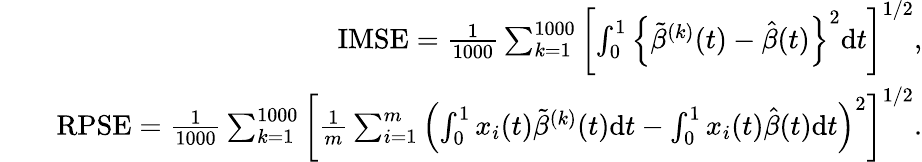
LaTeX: \begin{array}{rlr}&{}&{\mathrm{IMSE}=\frac{1}{1000}\sum_{k=1}^{1000}\left[\int_{0}^{1}\left\{ \tilde{\beta}^{(k)}(t)-\hat{\beta}(t)\right\} ^{2}\mathrm{d}t\right]^{1/2},}\\ &{}&{\mathrm{RPSE}=\frac{1}{1000}\sum_{k=1}^{1000}\left[\frac{1}{m}\sum_{i=1}^{m}\left(\int_{0}^{1}x_{i}(t)\tilde{\beta}^{(k)}(t)\mathrm{d}t-\int_{0}^{1}x_{i}(t)\hat{\beta}(t)\mathrm{d}t\right)^{2}\right]^{1/2}.}\end{array}